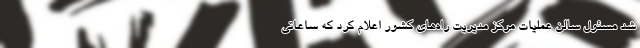
شد مسئول سالن عملیات مرکز مدیریت راه‌های کشور اعلام کرد که ساعاتی